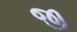
જી